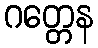
ဂတ္တေန